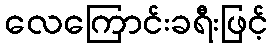
လေကြောင်းခရီးဖြင့်